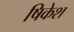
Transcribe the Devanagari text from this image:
षिकेश